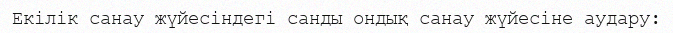
Екiлiк санау жүйесiндегi санды ондық санау жүйесiне аудару: